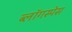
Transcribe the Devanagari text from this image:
ब्लॉगस्पेस